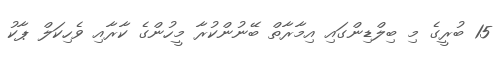
15 ބުރީގެ މި ބިލްޑިންގައި އިމާރާތް ބޭނުންކުރާ މީހުންގެ ކާރާއި ވެހިކަލް ޕާކު